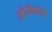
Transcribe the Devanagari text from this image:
श्रीविद्येचे